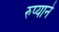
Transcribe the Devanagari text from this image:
रुप्याने